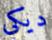
ديكي